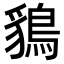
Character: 𪁰